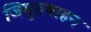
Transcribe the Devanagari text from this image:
जिमुतवाहन